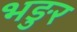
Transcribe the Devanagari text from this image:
भङुर